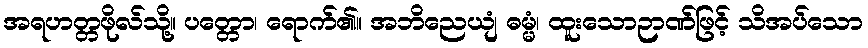
အရဟတ္တဖိုလ်သို့။ ပတ္တော၊ ရောက်၏။ အဘိညေယျံ ဓမ္မံ၊ ထူးသောဉာဏ်ဖြင့် သိအပ်သော